system: You are a helpful assistant.
user:
Analyze the provided spectrum to determine if it is a **White Dwarf (WD)**.

A White Dwarf spectrum is defined by its **extreme purity** (due to gravitational settling) and/or **extreme pressure broadening** (due to high surface gravity). You must check for one of the following mutually exclusive signatures:

- **Key Visual Indicators (Check for ONE of these types):**

    - **1. DA-Type Signature (Most Common):**
        - **(Primary Feature):** Extreme pressure broadening (Stark broadening) of the **Hydrogen (H) Balmer lines**.
        - **(Key Lines):** $H\beta$ (approx. $4861$ Å) and $H\gamma$ (approx. $4340$ Å). $H\alpha$ (approx. $6563$ Å) will also be present if the wavelength range covers it.
        - **(Line Profile):** This is the **defining feature**. The lines are **NOT** sharp. They appear as massive, **extremely broad and deep "troughs" or "dips"** in the spectrum, often hundreds of Ångströms wide. The continuum will appear to "scoop" down at these wavelengths.
        - **(Distinction):** Normal A-type or B-type stars have *narrow* and *sharp* Hydrogen lines. A DA White Dwarf's lines are unmistakably "smeared" or "blurry" from pressure.

    - **2. DB-Type Signature:**
        - **(Primary Feature):** Broad absorption lines from **Neutral Helium (He I)**. The spectrum must lack any visible Hydrogen lines.
        - **(Key Lines):** Look for broad absorption near $4471$ Å, $4921$ Å, and $5876$ Å.
        - **(Line Profile):** These lines are also significantly pressure-broadened, appearing much wider than they would in a normal B-type main-sequence star.

    - **3. DC-Type Signature:**
        - **(Primary Feature):** A **featureless continuous spectrum**.
        - **(Line Profile):** The spectrum is a smooth curve with **no significant absorption or emission lines**.
        - **(Key Confirmation):** The continuum is almost always **blue or white**, indicating a hot object. This signature implies the atmosphere is so pure (or so cool) that no spectral lines are visible in the optical range. Its WD identity is confirmed by its extremely low intrinsic brightness (high absolute magnitude).

    - **4. DZ-Type Signature (Metal-Polluted):**
        - **(Primary Feature):** **Isolated, narrow metal absorption lines** on an otherwise featureless (DC-like) continuum.
        - **(Key Lines):** The **Calcium (Ca II) H & K doublet** (approx. **$3934$ Å** and **$3968$ Å**) is the most common and defining feature.
        - **(Line Profile):** These lines are "out of place." They are *not* part of a "forest" of thousands of lines. This signature is evidence of recent *accretion* (pollution) from rocky debris.
        - **(Distinction):** Normal G/K/M stars have a *dense forest* of thousands of metal lines. A DZ has a *clean* continuum with *only a few* strong metal lines.

    - **5. DQ-Type Signature (Carbon-Polluted):**
        - **(Primary Feature):** Absorption bands from **Carbon (C₂ "Swan Bands" or atomic C I)**.
        - **(Key Lines - C₂):** Look for bandheads with a "saw-tooth" shape near $5635$ Å, **$5165$ Å** (strongest), and $4737$ Å.
        - **(Key Confirmation):** The underlying **continuum must be blue or white** (hot).
        - **(Distinction):** This is the critical difference from a **Carbon Star**, which has the *exact same* C₂ bands but on an extremely **red, cool** continuum.

- **(Overall Spectrum):**
    - The continuum (overall shape) is typically **blue-sloping** (brighter in the blue than the red), as most white dwarfs are very hot.
    - The spectrum will look "pure" or "simple," dominated by only *one* of the five signatures listed above.

Think first, call **spectral_visualization_tool** if needed to examine features in detail, then provide your final answer. Your response must adhere to the following strict rules:
1.  **Overall Structure:** Your response must follow the format `<think>...</think> <tool_call>...</tool_call> (if a tool is used) <answer>...</answer>`.
2.  **Tool Usage Constraint:** You may only make **one** tool call per turn.
3.  **Final Answer Format:** In the `<answer>` tag, your conclusion must be inside a `\boxed{}` command (e.g., `\boxed{YES}` or `\boxed{NO}`), followed by your justification.

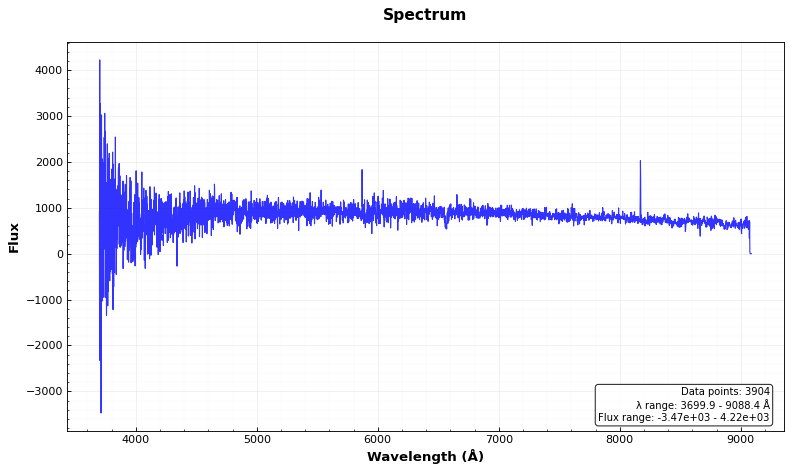
Answer: NO